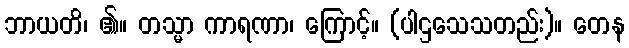
ဘာယတိ၊ ၏။ တသ္မာ ကာရဏာ၊ ကြောင့်။ (ပါဌသေသတည်း)။ တေန